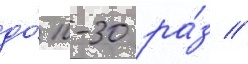
до́ 10-30 ра́з //